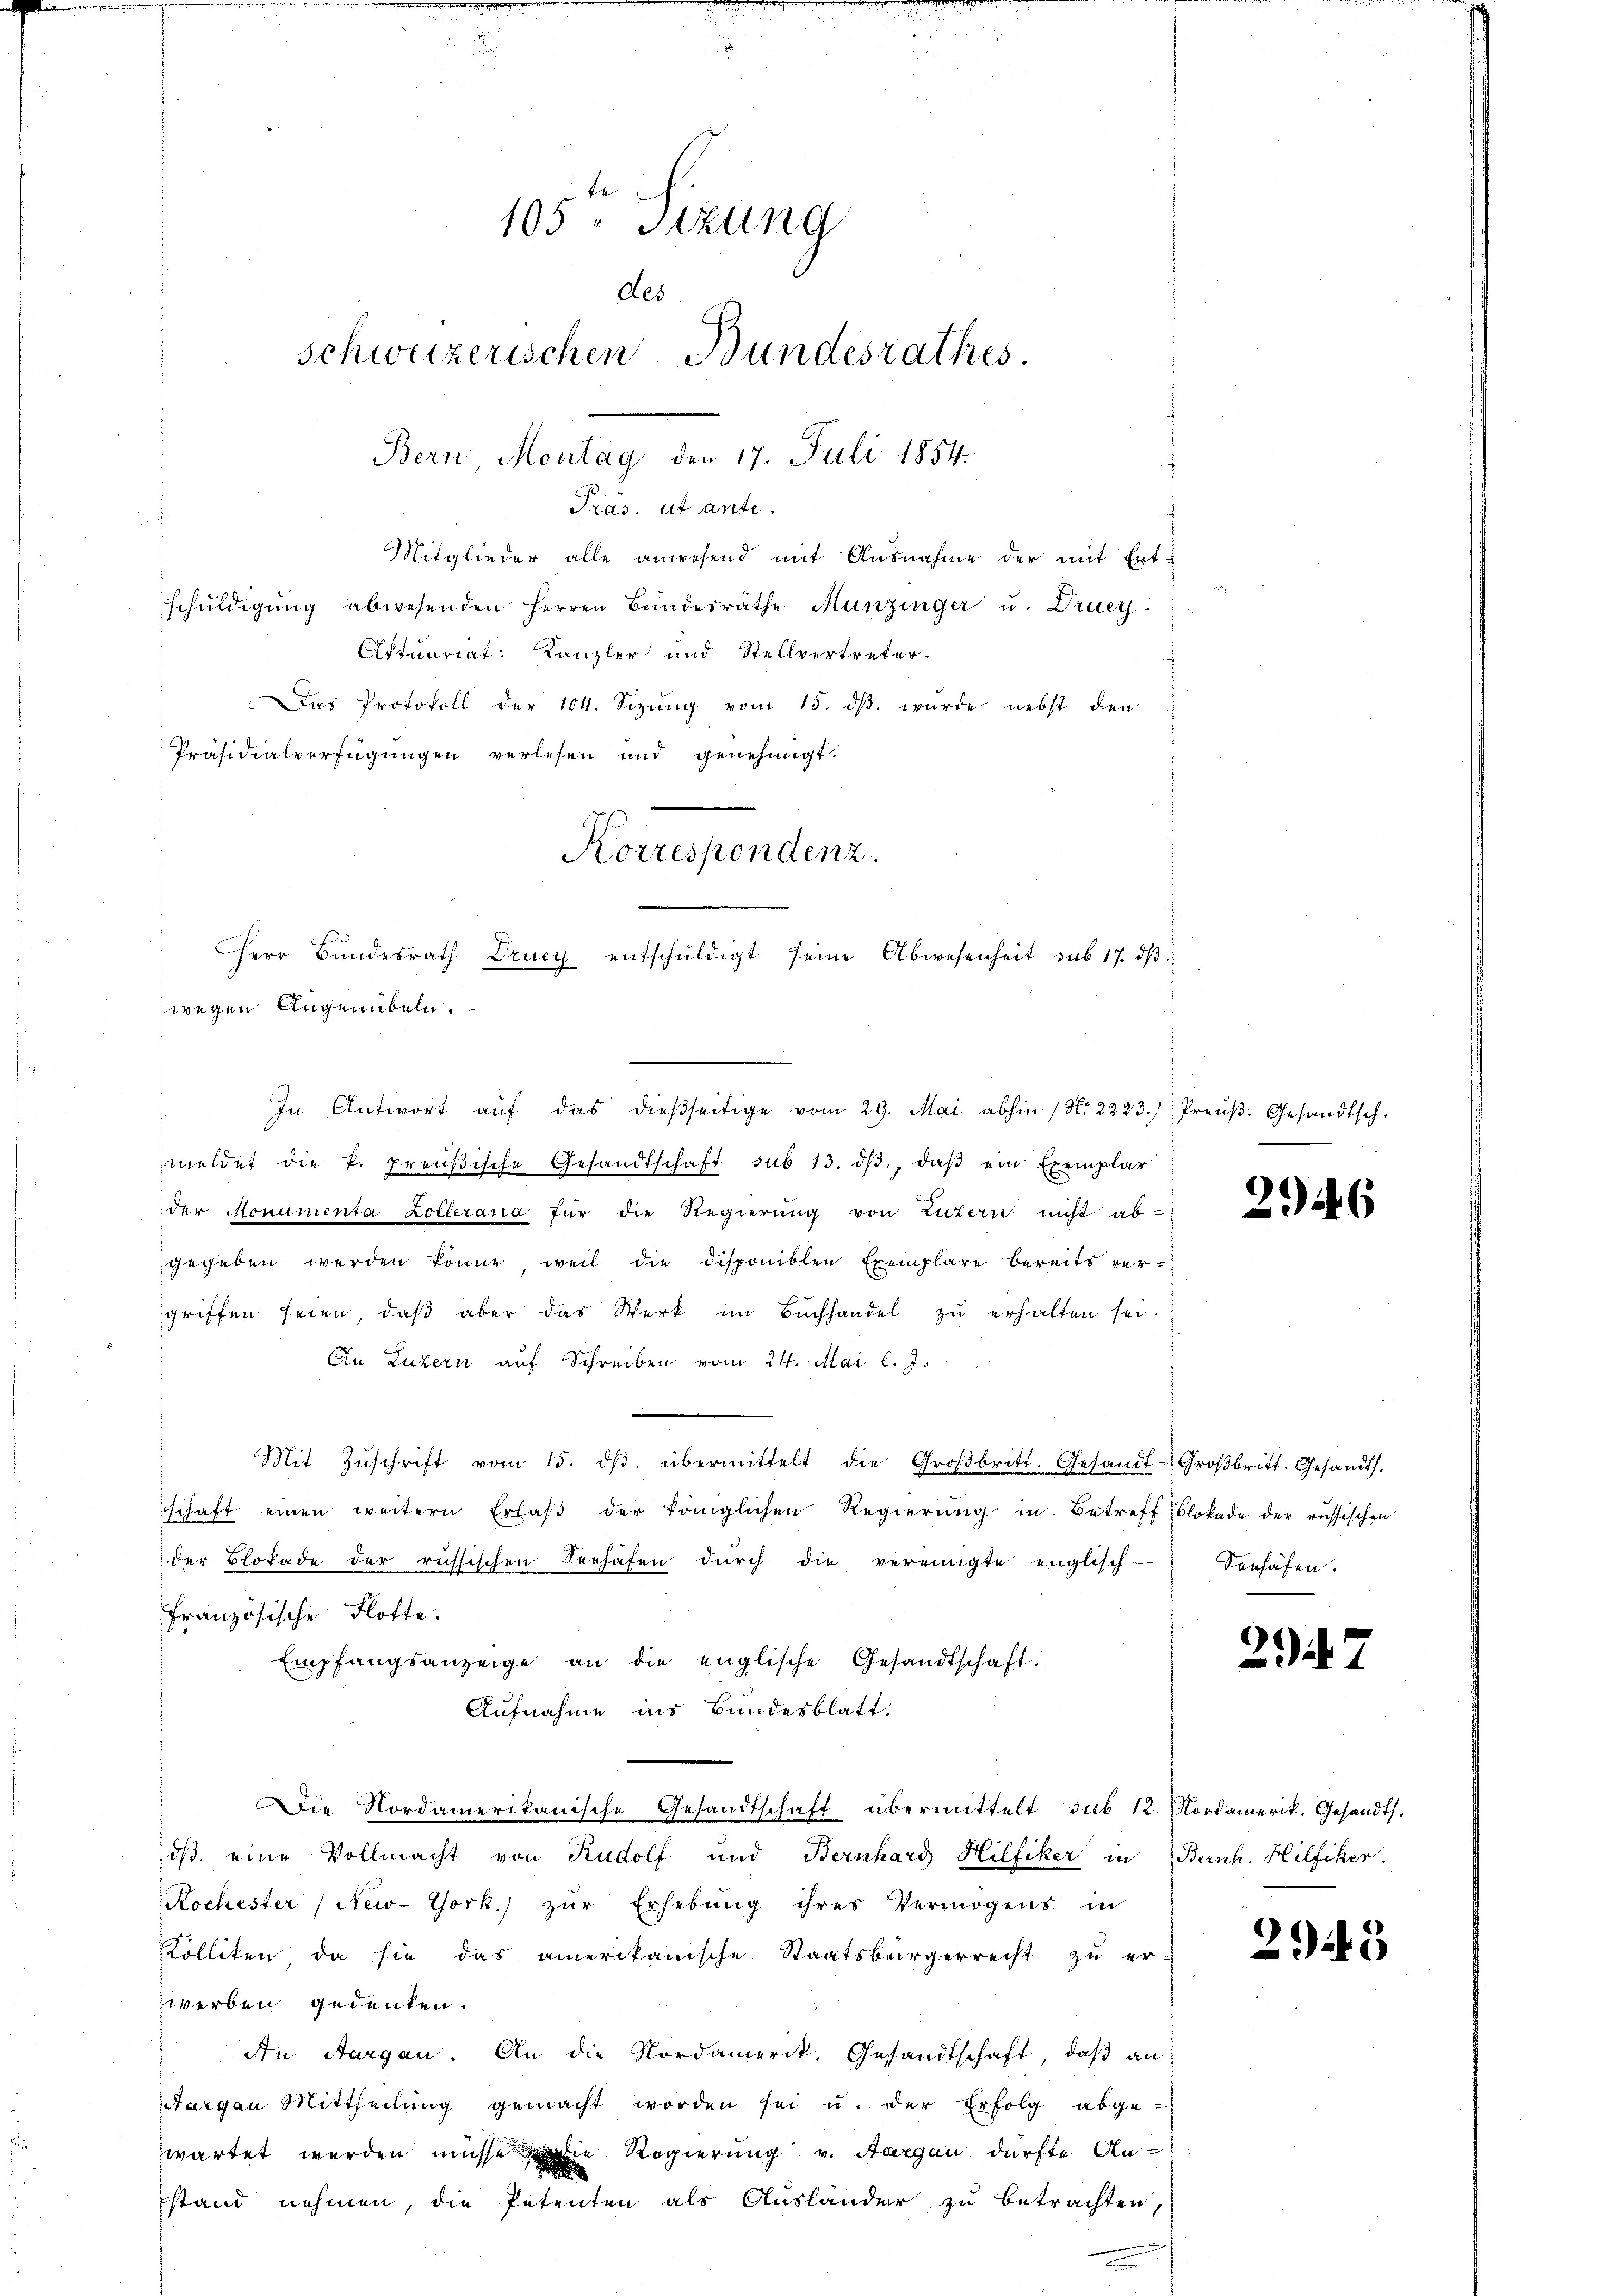
105. Sitzung
des
schweizerischen Bundesrathes
Bern, Montag, den 17. Juli 1854.
Präs. ut ante.
Mitglieder alle anwesend mit Ausnahme der mit Ert-
schuldigung abwesenden Herren Bundesräthe Hunzinger u. Druc
Oftuariat: Kanzler und Stellvertreter
Das Protokoll der 104. Sizŭng vom 15. dβ. wurde nebst den
Präsidialverfügungen verlesen und genehmigt.

Herr Bŭndesrath Drucy entschŭldigt seine Abwesenheit sub 17. dβ
wegen Augenübeln.
In Antwort aŭf das dießseitige vom 29. Mai abhin (No. 2223.) Preŭβ: Gesandtsch.

meldet die k. preußische Gesandtschaft sub 13. dβ, daβ ein Exemplar
der Monumenta Collerana für die Regierung von Luzern nicht ab-
gegeben werden könne, weil die disponiblen Exemplare bereits vergriffen seien, daβ aber das Werk im Buchhandel zŭ erhalten sei.
Cn Luzern auf Schreiben vom 24. Mai l. J.
Mit Zŭschrift vom 15. dβ übermittelt die Groβbritt. Gesandt-Groβbritt. Gesandts.
schaft einen weitern Erlaβ der königlichen Regierŭng in Betreff Blokade der russischen
der Blofade der russischen Seehafen dŭrch die verringte englisch-
Französische Flotte.
Empfangsanzeige an die englische Gesandtschaft.
Aufnahme ins Bundesblatt.
Die Nordamerikanische Gesandtschaft übermittelt sub 12. Nordamerik. Gesandt.
dß. eine Vollmacht von Rudolf und Bernhard Hilfiker in Bernh. Hilfiker.
Kochester (New-York.) zŭr Erhebŭng ihres Vermögens in
Kolliken, da sie das amerikanische Staatsbürgerrecht zu er-
werben gedenken.
An Aargau. An die Nordamerik. Gesandtschaft, daβ an:
targen Mittheilŭng gemacht worden sei u. der Erfolg abge-
wartet werden müsse die Regierung v. Aargau dürfte Anstand nehmen, die Petenten als Ausländer zu betrachten,

Korrespondenz.

2946

Sonhäfen.

2

2945